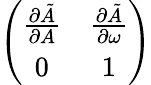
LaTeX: \left(\begin{array}{cc}{{\frac{\partial\tilde{A}}{\partial A}}}&{{\frac{\partial\tilde{A}}{\partial\omega}}}\\ {{0}}&{{1}}\end{array}\right)